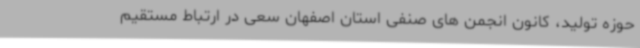
حوزه تولید، کانون انجمن های صنفی استان اصفهان سعی در ارتباط مستقیم